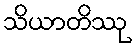
သိယာတိဿု